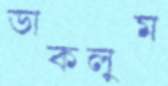
ডাকলুম